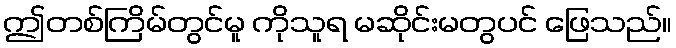
ဤတစ်ကြိမ်တွင်မူ ကိုသူရ မဆိုင်းမတွပင် ဖြေသည်။